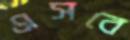
এসবে